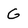
Character: G